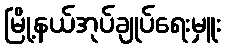
မြို့နယ်အုပ်ချုပ်ရေးမှူး